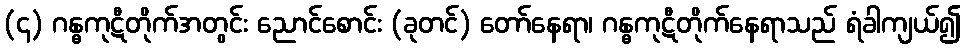
(၄) ဂန္ဓကုဋီတိုက်အတွင်း ညောင်စောင်း (ခုတင်) တော်နေရာ၊ ဂန္ဓကုဋီတိုက်နေရာသည် ရံခါကျယ်၍